Lunatic asylums Madras 1877-1891 - 1877-1891
Year: 1877
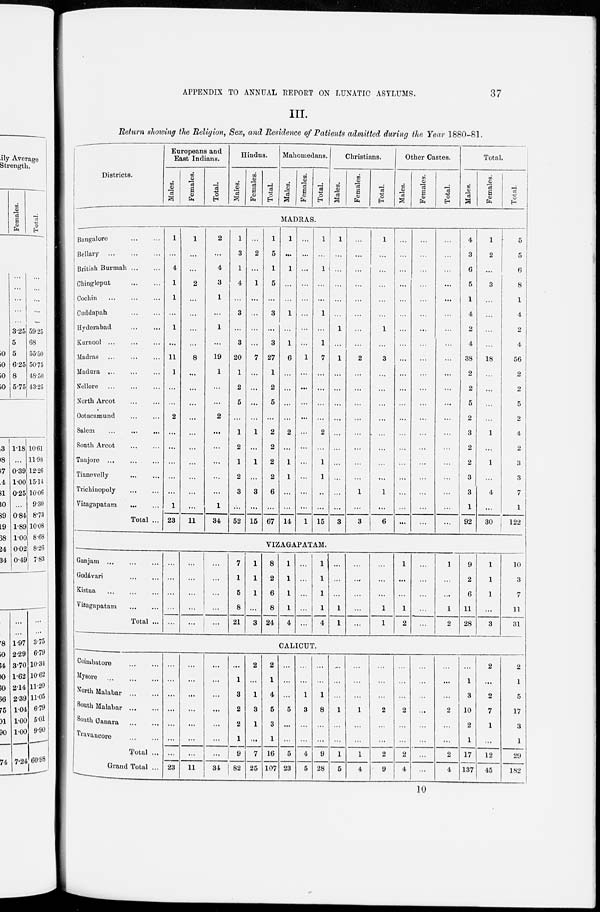
37
APPENDIX TO ANNUAL REPORT ON LUNATIC ASYLUMS.
III.
Return showing the Religion, Sex, and Residence of Patients admitted during the Year 1880-81.
Districts.
Europeans and
East Indians.
Males.
Females.
Total.
Hindus.
Males.
Females.
Total.
Mahomedans.
Males.
Females.
Total.
Christians.
Males.
Females.
Total.
Other Castes.
Males.
Females.
Total.
Total.
Males.
Females.
Total.
MADRAS.
Bangalore
...
...
Bellary
...
...
...
British Burmah
...
...
Chingleput ... ...
Cochin ... ... ...
Cuddapah ... ...
Hyderabad ... ...
Kurnool ... ... ...
Madras ... ... ...
Madura ... ... ...
Nellore ... ... ...
North Arcot ... ...
Ootacamund ... ...
Salem ... ... ...
South Arcot ... ...
Tanjore ... ... ...
Tinnevelly ... ...
Trichinopoly ... ...
Vizagapatara ... ...
Total ...
1
...
4
1
1
...
1
...
11
1
...
...
2
...
...
...
...
...
1
23
1
...
...
2
...
...
...
...
8
...
...
...
...
...
...
...
...
...
...
11
2
...
4
3
1
...
1
...
19
1
...
...
2
...
...
...
...
...
1
34
1
3
1
4
...
3
...
3
20
1
2
5
...
1
2
1
2
3
...
52
...
2
...
1
...
...
...
...
7
...
...
...
...
1
...
1
...
3
...
15
1
5
1
5
...
3
...
3
27
1
2
5
...
2
2
2
2
6
...
67
1
...
1
...
...
1
...
1
6
...
...
...
...
2
...
1
1
...
...
14
...
...
...
...
...
...
...
...
1
...
...
...
...
...
...
...
...
...
...
1
1
...
1
...
...
1
...
1
7
...
...
...
...
2
...
1
1
..
...
15
1
...
...
...
...
...
1
...
1
...
...
...
...
...
...
...
...
...
...
3
...
...
...
...
...
...
...
...
2
...
...
...
...
...
...
...
...
1
...
3
1
...
...
...
...
...
1
...
3
...
...
...
...
...
...
...
...
1
...
6
...
...
...
...
...
...
...
...
...
...
...
...
...
...
...
...
...
...
...
...
...
...
...
...
...
...
...
...
...
...
...
...
...
...
...
...
...
...
...
...
...
...
...
...
...
...
...
...
...
...
...
...
...
...
...
...
...
...
...
...
4
3
6
5
1
4
2
4
38
2
2
5
2
3
2
2
3
3
1
92
1
2
...
3
...
...
...
...
18
...
...
...
...
1
...
1
...
4
...
30
5
5
6
8
1
4
2
4
56
2
2
5
2
4
2
3
3
7
1
122
VIZAGAPATAM.
Ganjam ... ... ...
Godávari ... ...
Kistna ... ... ...
Vizagapatam ... ...
Total ...
...
...
...
...
...
...
...
...
...
...
...
...
...
...
...
7
1
5
8
21
1
1
1
...
3
8
2
6
8
24
1
1
1
1
4
...
...
...
...
...
1
1
1
1
4
...
...
...
1
1
...
...
...
...
...
...
...
...
1
1
1
...
...
1
2
...
...
...
...
...
1
...
...
1
2
9
2
6
11
28
1
1
1
...
3
10
3
7
1 1
31
CALICUT.
Coimbatore ... ...
Mysore
...
...
...
North Malabar ... ...
South Malabar ... ...
South Canara ... ...
Travancore ... ...
Total ...
Grand Total ...
...
...
...
...
...
...
...
23
...
...
...
...
...
...
...
11
...
...
...
...
...
...
...
34
...
1
3
2
2
1
9
| 82
2
...
1
3
1
...
7
25
2
1
4
5
3
1
16
107
...
...
...
5
...
...
5
23
...
...
1
3
...
...
4
5
...
...
1
8
...
...
9
28
...
...
...
1
...
...
1
5
...
...
...
1
...
...
1
4
...
...
...
2
...
...
2
9
...
...
...
2
...
...
2
4
...
...
...
...
...
...
...
...
...
...
...
2
...
...
2
4
...
1
3
10
2
1
17
137
2
...
2
7
1
...
12
45
2
1
5
17
3
1
29
182
10